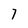
Character: 7